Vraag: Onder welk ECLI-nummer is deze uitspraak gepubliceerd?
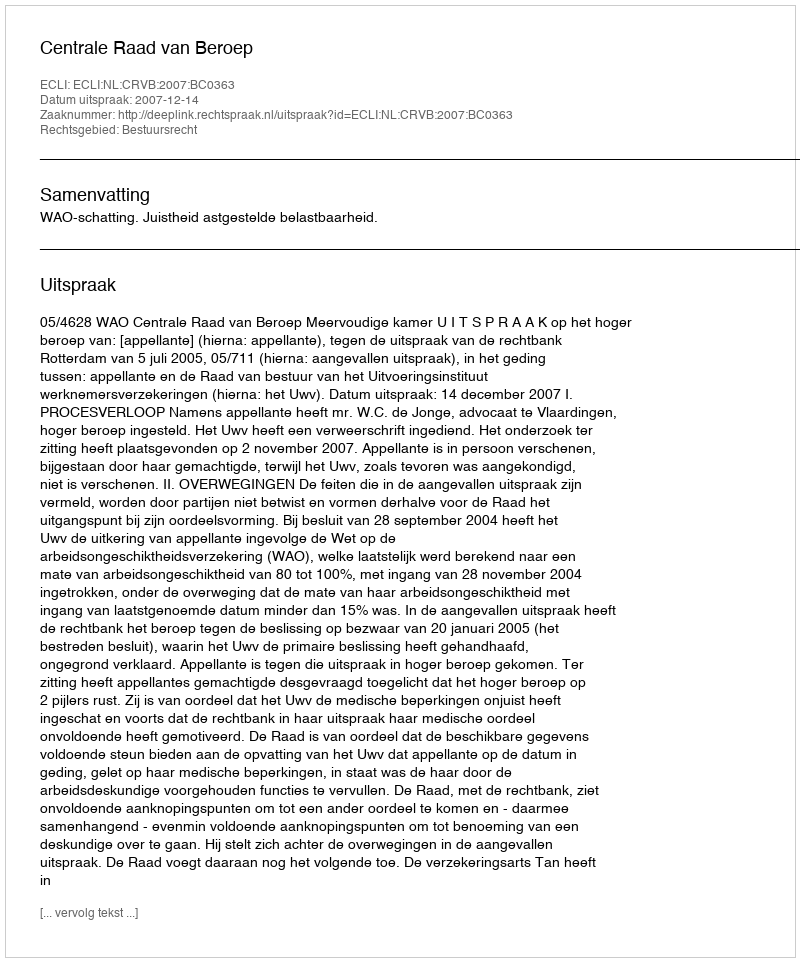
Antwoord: ECLI:NL:CRVB:2007:BC0363